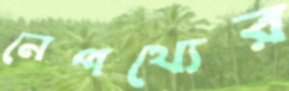
নেপথ্যের